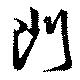
門